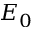
E _ { 0 }